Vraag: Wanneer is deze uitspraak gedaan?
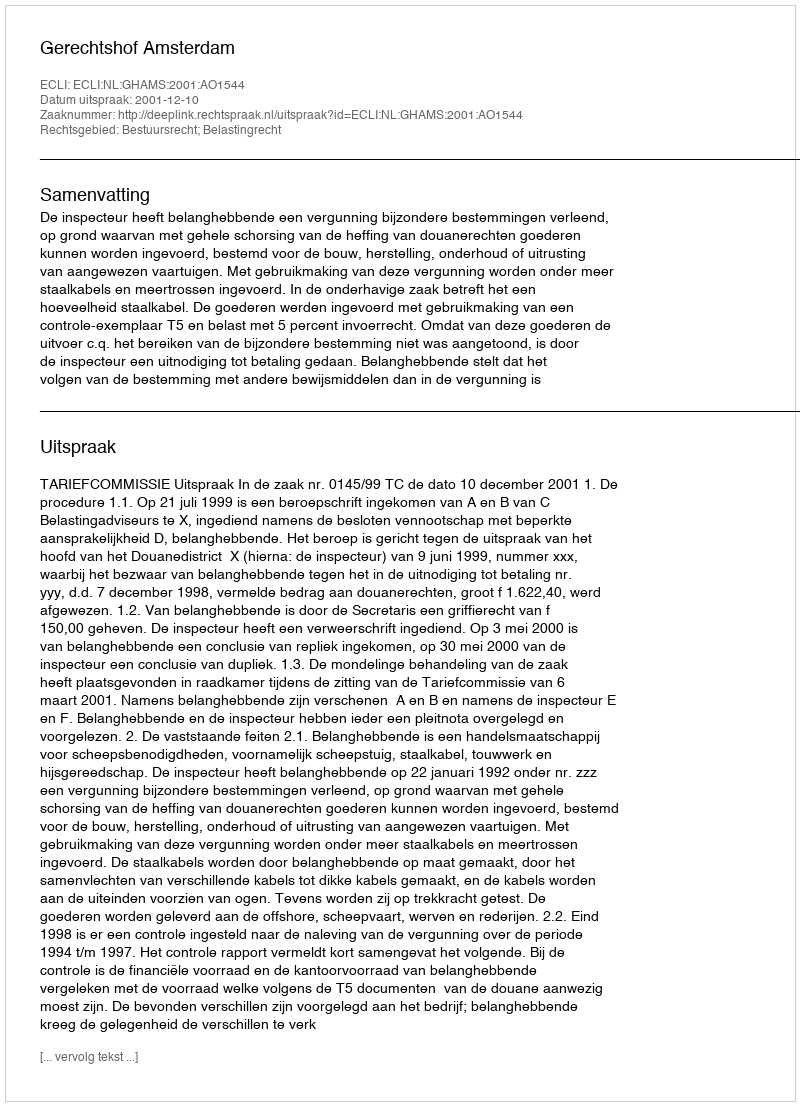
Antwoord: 2001-12-10